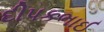
દીપકભાઈ